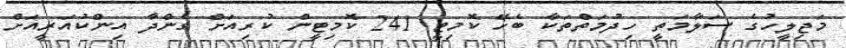
މަޖިލީހުގެ ސަލާމަތީ ހިދުމަތްތަކާ ބެހޭ ކޮމިޓީ 241 ކޮމިޓީން ކުރިއަށް ގެންދާ އިންކުއަރީއަށް